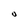
Character: U